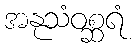
အနုသံဝစ္ဆရံ